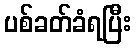
ပစ်ခတ်ခံရပြီး